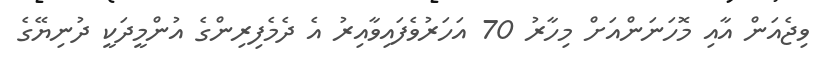
ވިޖެއަން އާއި މޮހަނަންއަށް މިހާރު 70 އަހަރުވެފައިވާއިރު އެ ދެމެފިރިންގެ އުންމީދަކީ ދުނިޔޭގެ